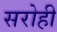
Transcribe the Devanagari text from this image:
सरोही